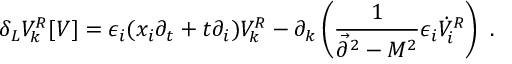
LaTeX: \delta _ { L } V _ { k } ^ { R } [ V ] = \epsilon _ { i } ( x _ { i } \partial _ { t } + t \partial _ { i } ) V _ { k } ^ { R } - \partial _ { k } \left( { \frac { 1 } { \vec { \partial } ^ { 2 } - M ^ { 2 } } } \epsilon _ { i } \dot { V } _ { i } ^ { R } \right) ~ .